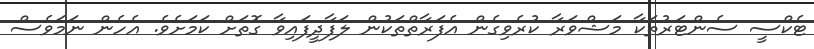
ޓެކްސީ ސެންޓަރުތަކާ މަޝްވަރާ ކުރެވިގެން އެފަރާތްތަކުން ލަފާދީފައިވާ ގޮތަށް ކަމަށެވެ. އެހެން ނަމަވެސް